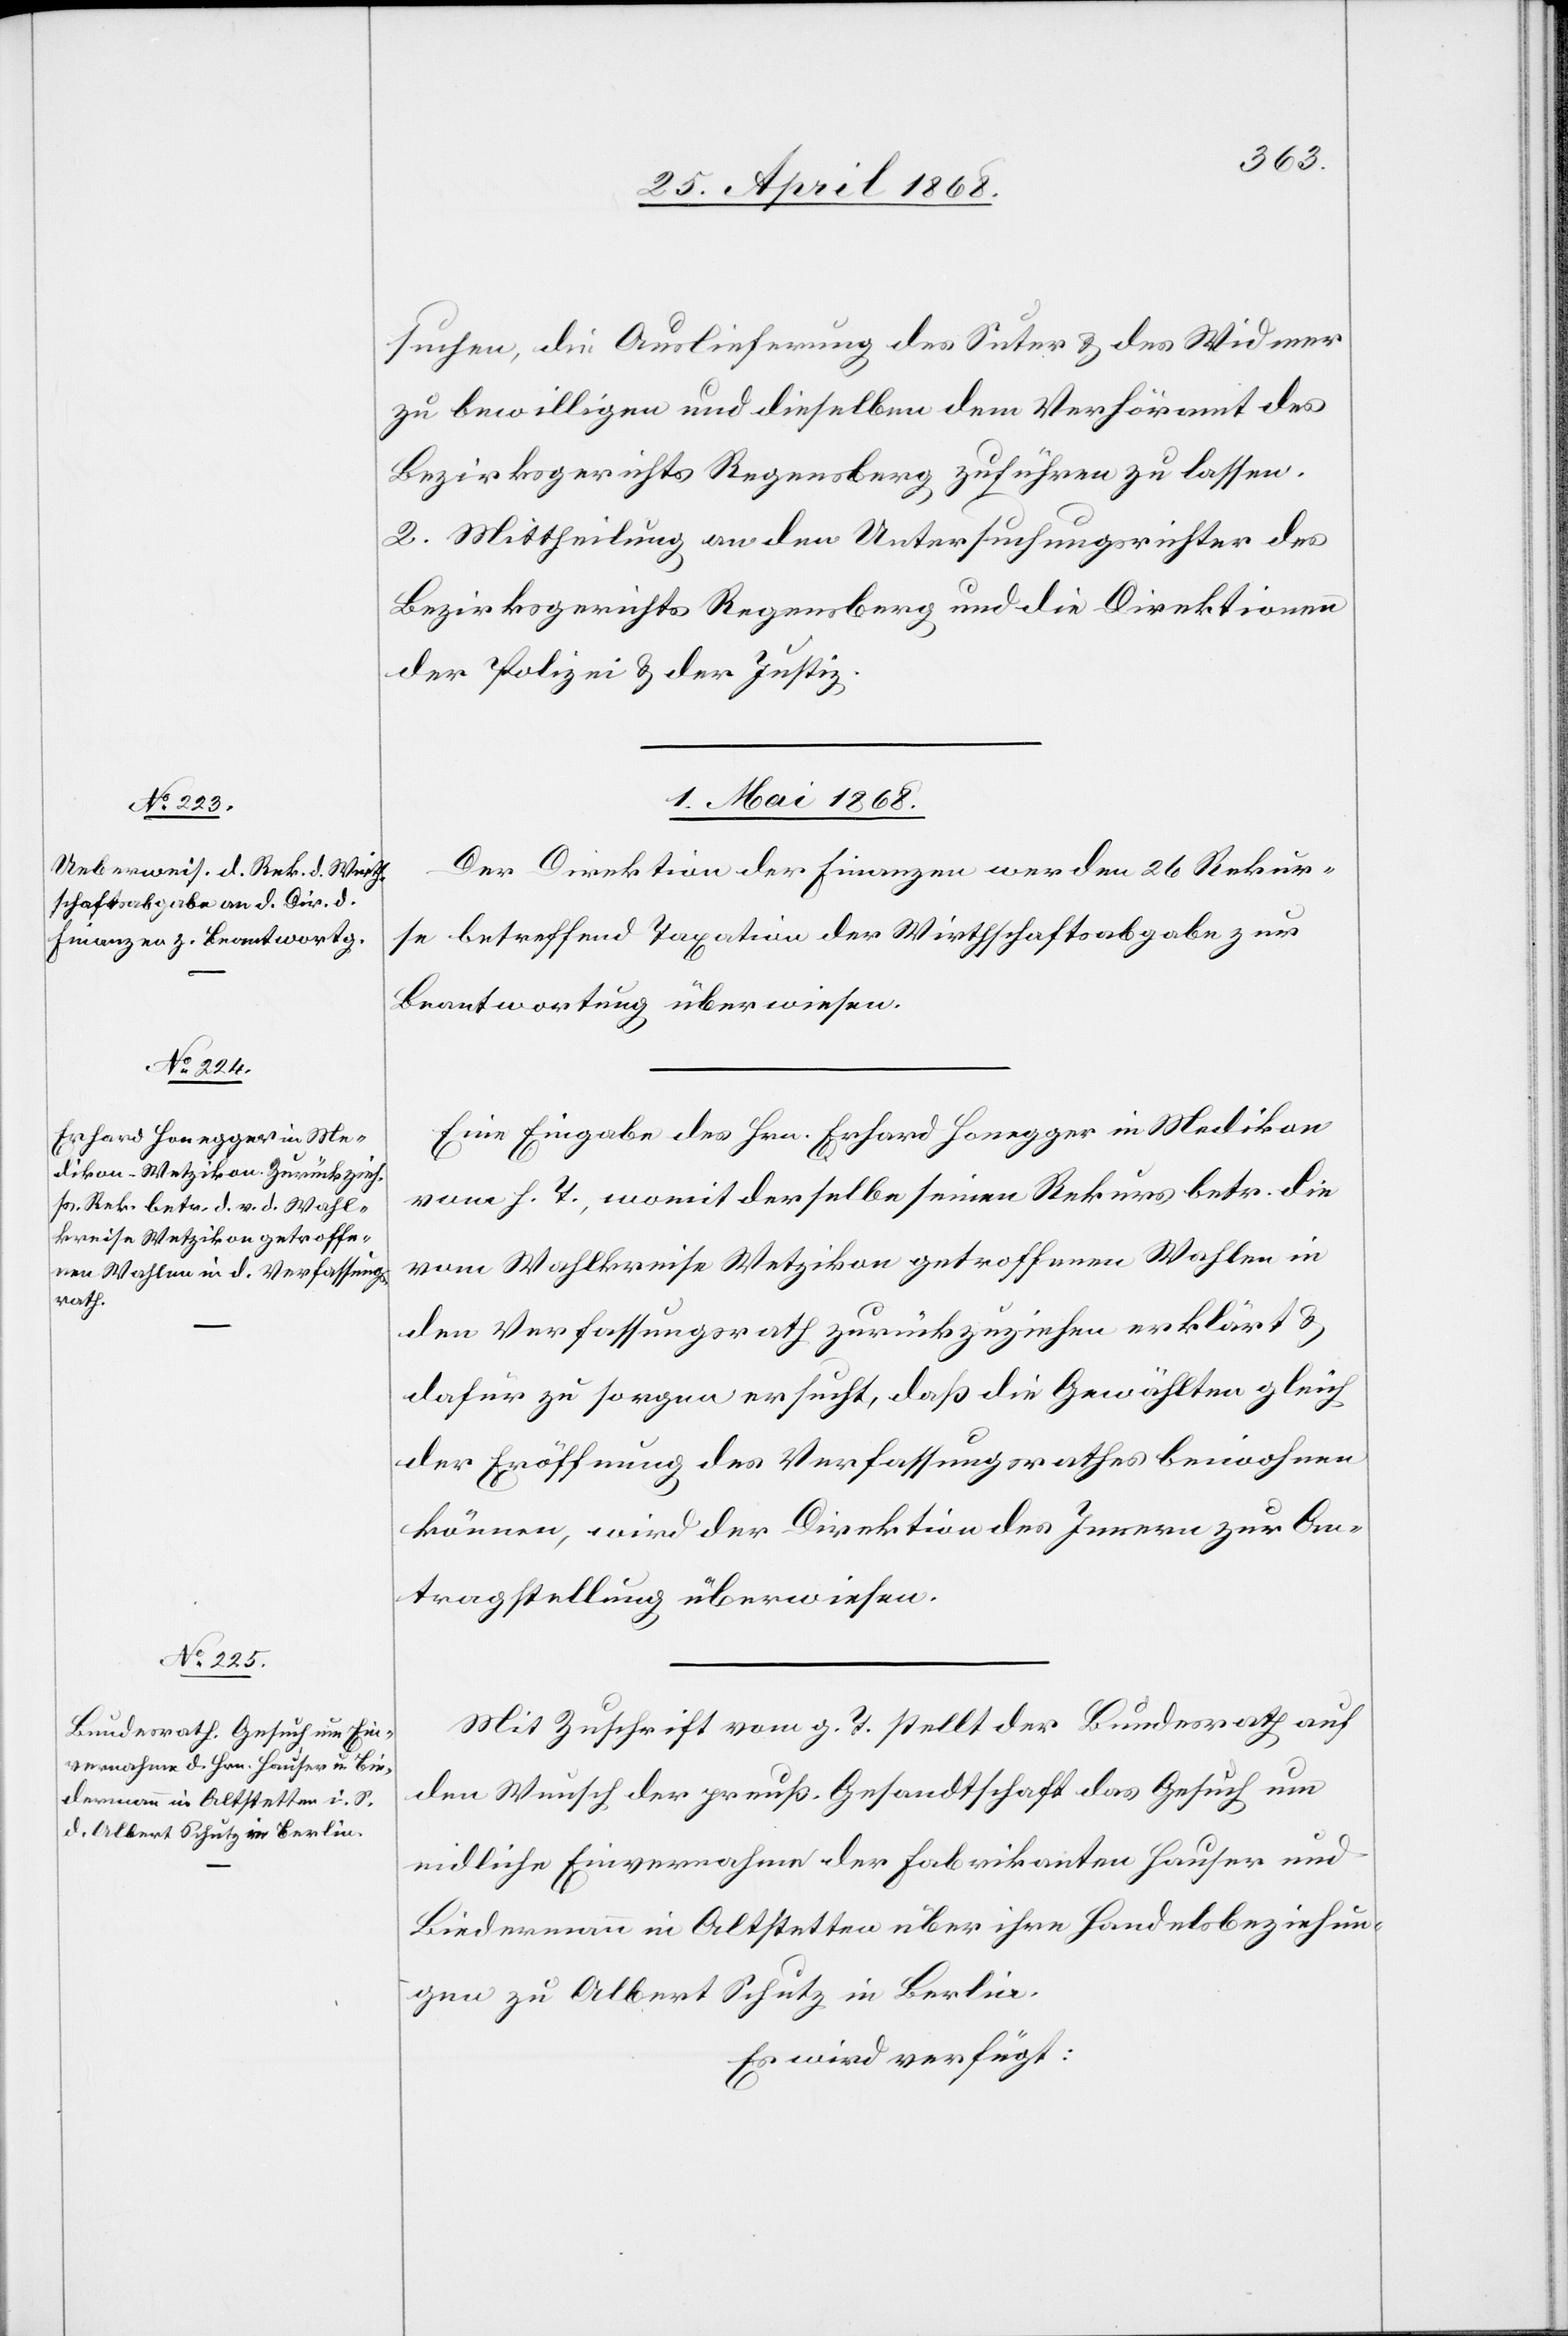
suchen, die Auslieferung des Suter & des Widmer
zu bewilligen und dieselben dem Verhöramt des
Bezirksgerichts Regensberg zuführen zu lassen.
2. Mittheilung an den Untersuchungsrichter des
Bezirksgerichts Regensberg und die Direktionen
der Polizei & der Justiz.
1. Mai 1868.]
Der Direktion der Finanzen werden 26 Rekur¬
se betreffend Taxation der Wirthschaftsabgabe zur
Beantwortung überwiesen.
Eine Eingabe des Hrn. Erhard Honegger in Medikon
vom h. T., womit derselbe seinen Rekurs betr. die
vom Wahlkreise Wetzikon getroffenen Wahlen in
den Verfassungsrath zurückzuziehen erklärt &
dafür zu sorgen ersucht, daß die Gewählten gleich
der Eröffnung des Verfassungsrathes beiwohnen
können, wird der Direktion des Innern zur An¬
tragstellung überwiesen.
Mit Zuschrift vom g. T. stellt der Bundesrath auf
den Wunsch der preuß. Gesandtschaft das Gesuch um
eidliche Einvernahme der Fabrikanten Hauser und
Biedermann in Altstetten über ihre Handelsbeziehun¬
gen zu Albert Schutz in Berlin.
Es wird verfügt: